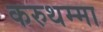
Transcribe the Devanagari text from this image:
करुथम्मा